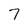
Character: 7